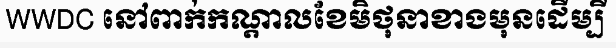
WWDC នៅពាក់កណ្តាលខែមិថុនាខាងមុនដើម្បី